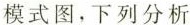
模式图，下列分析